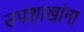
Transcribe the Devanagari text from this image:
उपशाखांना